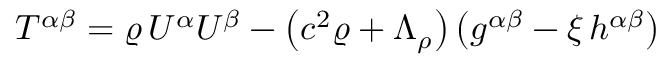
T ^ { \alpha \beta } = \varrho \, U ^ { \alpha } U ^ { \beta } - \left( c ^ { 2 } \varrho + \Lambda _ { \rho } \right) \left( g ^ { \alpha \beta } - \xi \, h ^ { \alpha \beta } \right)